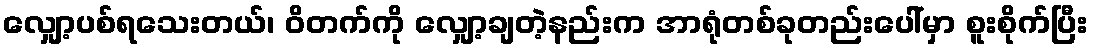
လျှော့ပစ်ရသေးတယ်၊ ဝိတက်ကို လျှော့ချတဲ့နည်းက အာရုံတစ်ခုတည်းပေါ်မှာ စူးစိုက်ပြီး